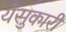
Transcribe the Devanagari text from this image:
येसुकारी